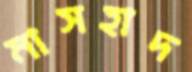
মাসহাদ